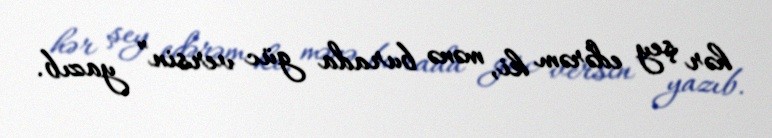
hər şey edərəm ki, mənə burada güc versin” yazıb.